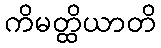
ကိမတ္ထိယာတိ